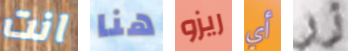
انت هنا ريزو أي زر